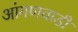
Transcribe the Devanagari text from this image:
आंगणवाडी